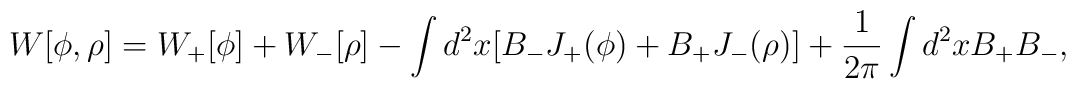
W[\phi, \rho ]=W_+[\phi ]+W_-[\rho ]-\int d^2x[B_-J_+(\phi )+B_+J_-(\rho)]+{1\over{2\pi}}\int d^2x B_+B_-,